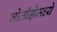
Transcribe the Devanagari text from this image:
मोलीझेमध्ये